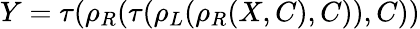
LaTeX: Y=\tau(\rho_{R}(\tau(\rho_{L}(\rho_{R}(X,C),C)),C))